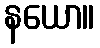
နယော။